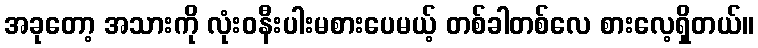
အခုတော့ အသားကို လုံးဝနီးပါးမစားပေမယ့် တစ်ခါတစ်လေ စားလေ့ရှိတယ်။